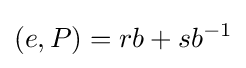
(e,P)=rb+sb^{-1}